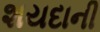
શયદાની